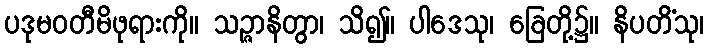
ပဒုမဝတီမိဖုရားကို။ သဉ္ဇာနိတွာ၊ သိ၍။ ပါဒေသု၊ ခြေတို့၌။ နိပတိံသု၊